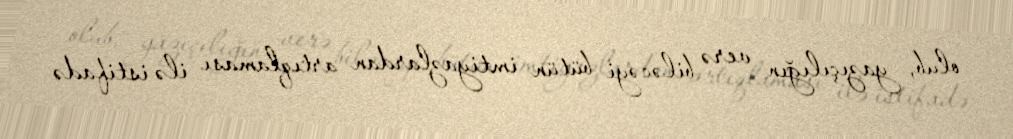
olub, yazıçılığın verə biləcəyi bütün imtiyazlardan artıqlaması ilə istifadə